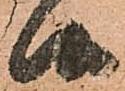
候